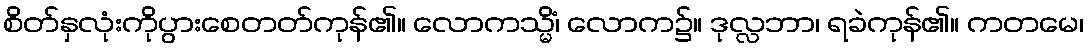
စိတ်နှလုံးကိုပွားစေတတ်ကုန်၏။ လောကသ္မိံ၊ လောက၌။ ဒုလ္လဘာ၊ ရခဲကုန်၏။ ကတမေ၊